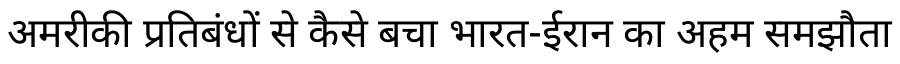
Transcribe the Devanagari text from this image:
अमरीकी प्रतिबंधों से कैसे बचा भारत-ईरान का अहम समझौता